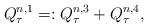
LaTeX: \begin{align*}Q^{n,1} _\tau =: Q^{n,3} _\tau+ Q^{n,4} _\tau,\end{align*}